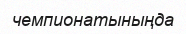
чемпионатыныңда